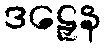
ဒဠှေန